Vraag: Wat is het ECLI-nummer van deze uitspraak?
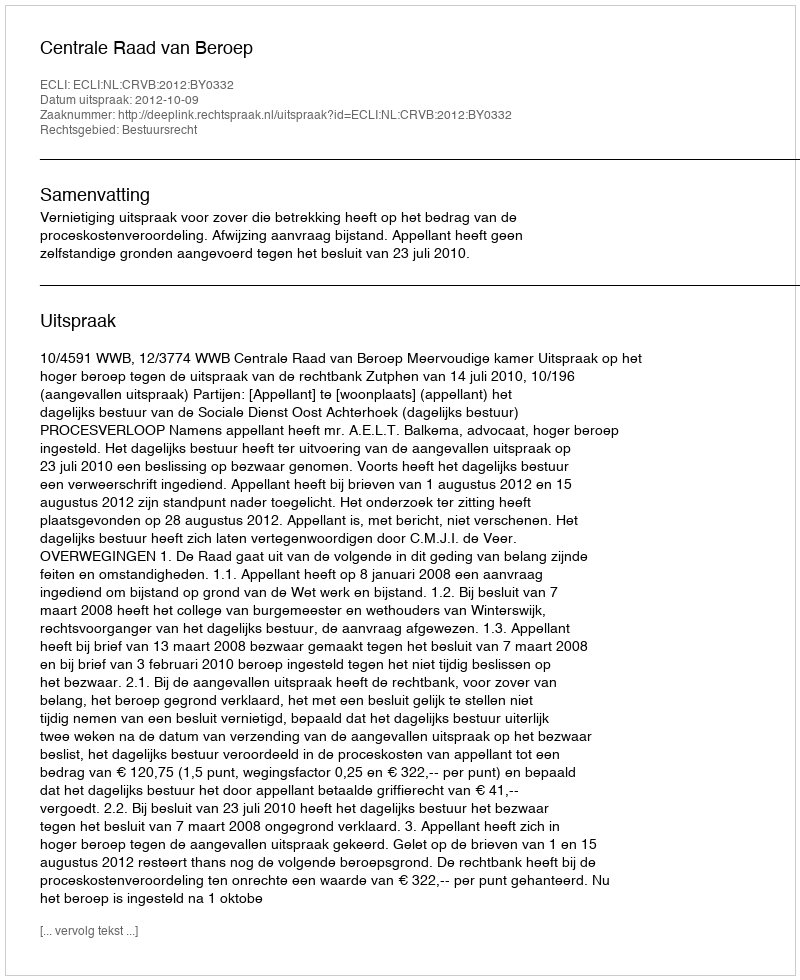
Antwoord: ECLI:NL:CRVB:2012:BY0332